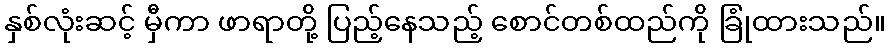
နှစ်လုံးဆင့် မှီကာ ဖာရာတို့ ပြည့်နေသည့် စောင်တစ်ထည်ကို ခြုံထားသည်။